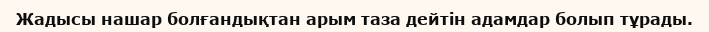
Жадысы нашар болғандықтан арым таза дейтін адамдар болып тұрады.